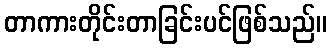
တာကားတိုင်းတာခြင်းပင်ဖြစ်သည်။